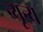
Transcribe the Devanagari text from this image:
न्यून्य